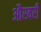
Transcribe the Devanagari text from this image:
औरवरी